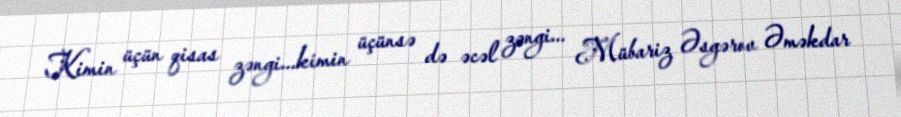
Kimin üçün qisas zəngi...kimin üçünsə də əcəl zəngi... Mübariz Əsgərov Əməkdar